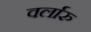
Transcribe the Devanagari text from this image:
वर्लारु